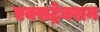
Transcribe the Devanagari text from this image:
एक्सट्रेक्शन